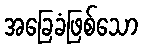
အခြေခံဖြစ်သော